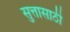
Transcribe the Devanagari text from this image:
सुत्तासाठी